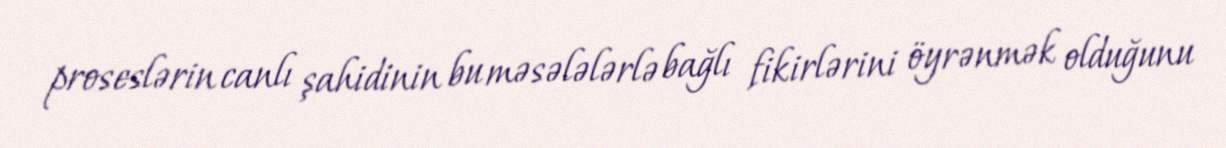
proseslərin canlı şahidinin bu məsələlərlə bağlı fikirlərini öyrənmək olduğunu